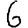
Digit: 6